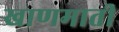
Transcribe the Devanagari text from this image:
खाणमाती